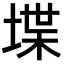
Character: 堞